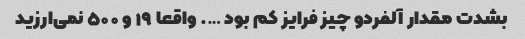
بشدت مقدار آلفردو چیز فرایز کم بود …. واقعا ۱۹ و ۵۰۰ نمی‌ارزید